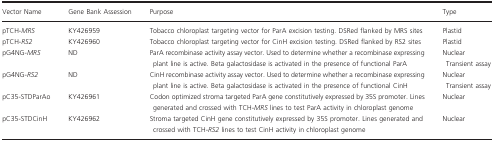
| Vector Name | Gene Bank Assession | Purpose | Type |
 | --- | --- | --- | --- |
 | pTCH‐MRS | KY426959 | Tobacco chloroplast targeting vector for ParA excision testing. DSRed flanked by MRS sites | Plastid |
 | pTCH‐RS2 | KY426960 | Tobacco chloroplast targeting vector for CinH excision testing. DSRed flanked by RS2 sites | Plastid |
 | pG4NG‐MRS | ND | ParA recombinase activity assay vector. Used to determine whether a recombinase expressing plant line is active. Beta galactosidase is activated in the presence of functional ParA | NuclearTransient assay |
 | pG4NG‐RS2 | ND | CinH recombinase activity assay vector. Used to determine whether a recombinase expressing plant line is active. Beta galactosidase is activated in the presence of functional CinH | NuclearTransient assay |
 | pC35‐STDParAo | KY426961 | Codon optimized stroma targeted ParA gene constitutively expressed by 35S promoter. Lines generated and crossed with TCH‐MRS lines to test ParA activity in chloroplast genome | Nuclear |
 | pC35‐STDCinH | KY426962 | Stroma targeted CinH gene constitutively expressed by 35S promoter. Lines generated and crossed with TCH‐RS2 lines to test CinH activity in chloroplast genome | Nuclear |